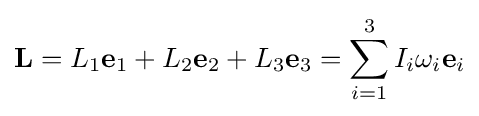
\mathbf {L} =L_{1}\mathbf {e} _{1}+L_{2}\mathbf {e} _{2}+L_{3}\mathbf {e} _{3}=\sum _{i=1}^{3}I_{i}\omega _{i}\mathbf {e} _{i}